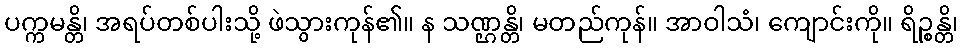
ပက္ကမန္တိ၊ အရပ်တစ်ပါးသို့ ဖဲသွားကုန်၏။ န သဏ္ဌန္တိ၊ မတည်ကုန်။ အာဝါသံ၊ ကျောင်းကို။ ရိဉ္စန္တိ၊